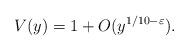
LaTeX: \begin{align*}V(y)=1+O(y^{1/10-\varepsilon}).\end{align*}